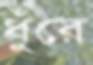
ধুঁরে